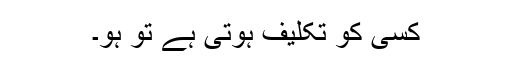
کسی کو تکلیف ہوتی ہے تو ہو۔